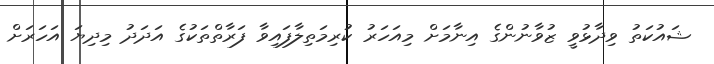
ޝައުކަތު ވިދާޅުވީ ޒުވާނުންގެ އިނާމަށް މިއަހަރު ކުރިމަތިލާފައިވާ ފަރާތްތަކުގެ އަދަދު މިދިޔަ އަހަރަށް